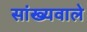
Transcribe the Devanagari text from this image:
सांख्यवाले